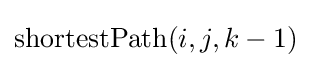
\mathrm {shortestPath} (i,j,k-1)